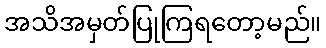
အသိအမှတ်ပြုကြရတော့မည်။